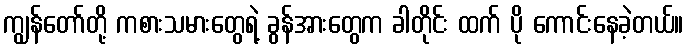
ကျွန်တော်တို့ ကစားသမားတွေရဲ့ ခွန်အားတွေက ခါတိုင်း ထက် ပို ကောင်းနေခဲ့တယ်။